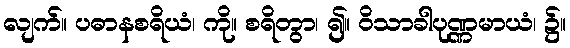
လျက်။ ပဓာနစရိယံ၊ ကို။ စရိတွာ၊ ၍။ ဝိသာခါပုဏ္ဏမာယံ၊ ၌။